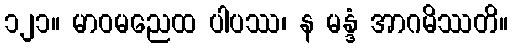
၁၂၁။ မာဝမညေထ ပါပဿ၊ န မန္ဒံ အာဂမိဿတိ။